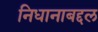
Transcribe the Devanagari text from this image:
निधानाबद्दल